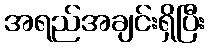
အရည်အချင်းရှိပြီး